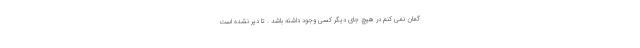
گمان نمی کنم در هیچ جای دیگر کسی وجود داشته باشد . تا دیر نشده است